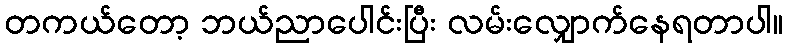
တကယ်တော့ ဘယ်ညာပေါင်းပြီး လမ်းလျှောက်နေရတာပါ။